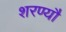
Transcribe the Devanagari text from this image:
शरण्यौ